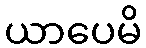
ယာပေမိ